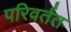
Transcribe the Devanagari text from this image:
परिवर्तत